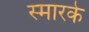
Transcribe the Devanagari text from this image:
स्‍मारके